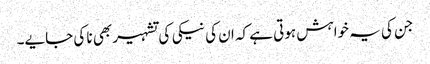
جن کی یہ خواہش ہوتی ہے کہ ان کی نیکی کی تشہیر بھی نا کی جایے۔